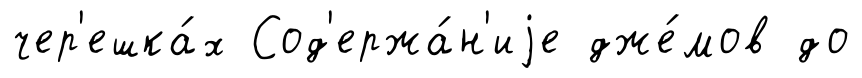
чер'ешка́х Сод'ержа́н'иjе дже́мов до